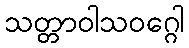
သတ္တာဝါသဝဂ္ဂေါ